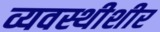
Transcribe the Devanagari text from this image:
व्यवस्थीशीर